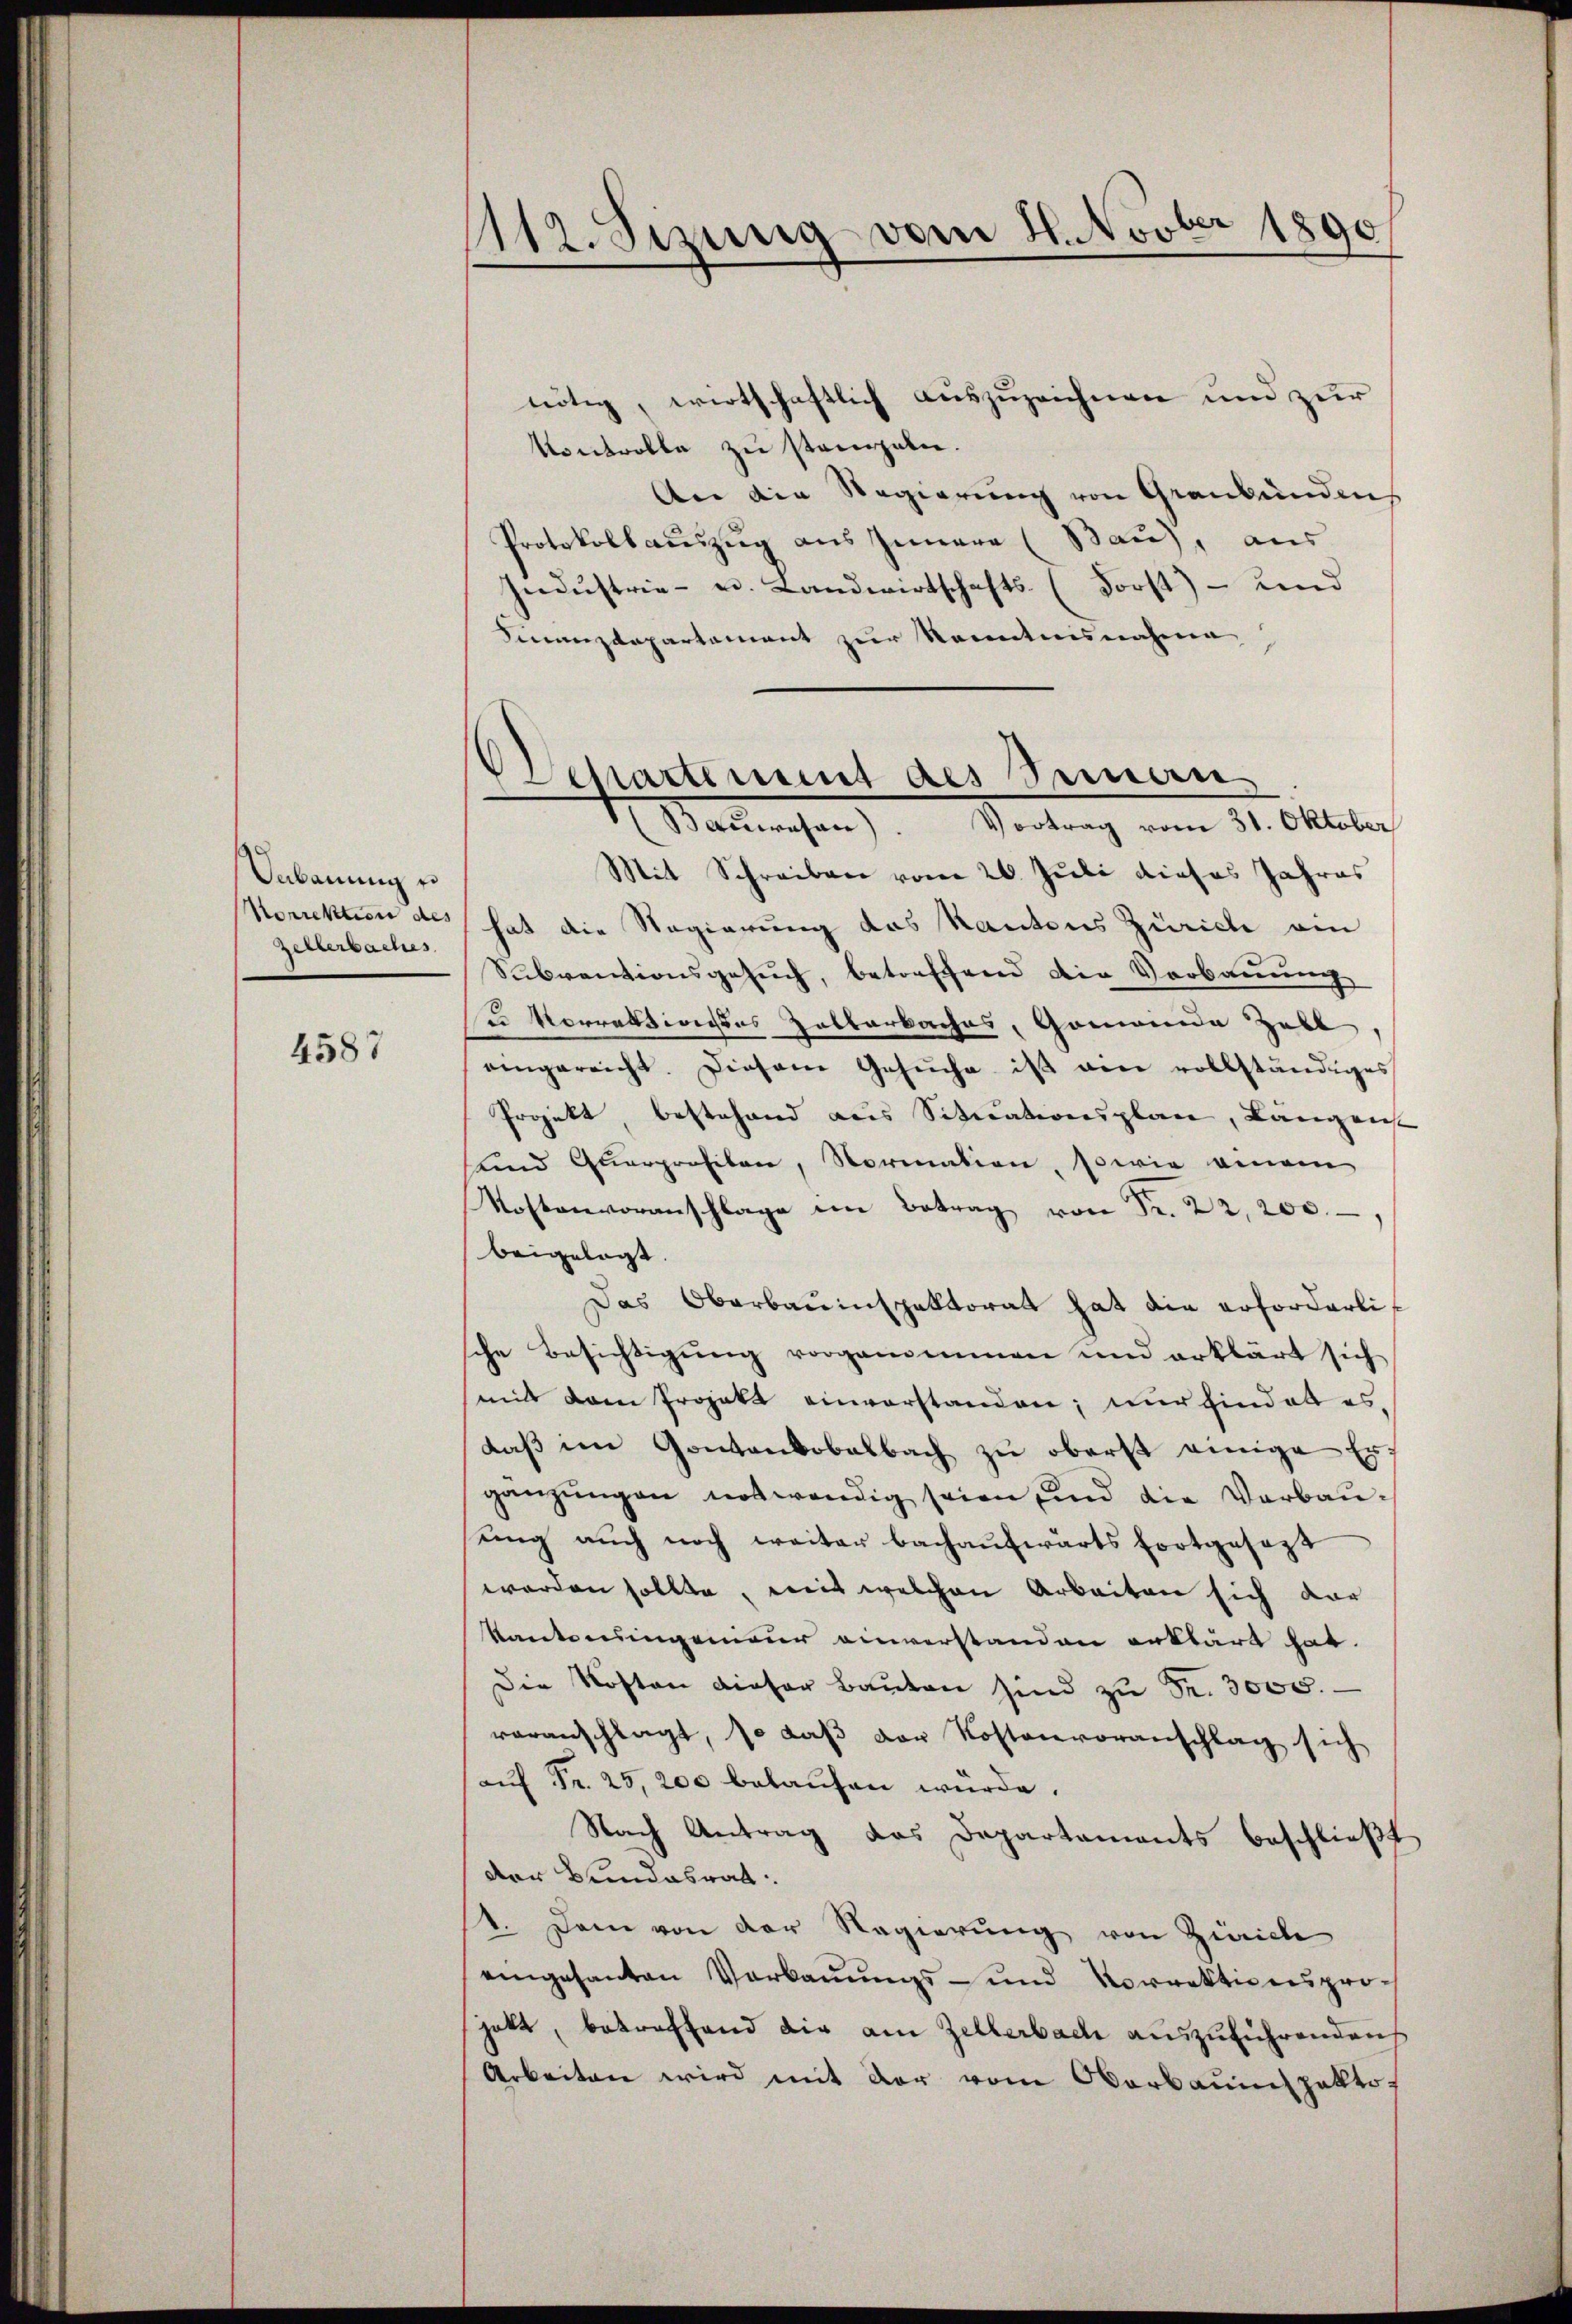
Anbauung e
Korrektion des
sessersammes

4587

¬
112. Sezung vom 21. Novber 1890

.
chartement des Semen

nötig, wirtschaftlich auszuzeichnen und zur
Kontrolle zu standeln.
Aer die Regierung von Graubündnis
Protokollaŭszŭg aŭs Innern (Bau), aus
Indŭstrie- u. Landwirtschafts- (Forst- und
Finanzdepartament zur Kenntnisnahme
Bauwesen. Vortrag vom 31. Oktober
Mit Schreiben vom 20. Juli dieses Jahres
hat die Regierung das Kantons Zürich ein
Subventionsgesuch, betreffend die Verbauung
u Vorrektiones Zalberbaches, Gemeinde Zoll
eingereicht. Diesem Gesŭche ist von vollständiges
Projekt, bestehend des Situationsplan, Langen-
und Quarprofilen, Normation, sowie einem
Kostenvoranschlage im Betrag von Fr. 22, 200.
beigelegt.
Das Oberbauinspektorat hat die erforderlische Besichtigŭng vorgenommen und erklärt sich
mit dem Projekt einverstanden; nur hindelt es,
daβ im Gantankobelbach zu oberst einige Ergänzungen notwendig seien und die Verbauŭng auch noch weiter bachaŭfwärts fortgesezt
worden sollte, mit welchen Arbeiten sich dar
Kantonsingeneur einverstanden erklärt hat.
Die Kosten dieser Baŭten sind zŭ Fr. 3000.
veranschlägt, so daß der Kostenvoranschlag sich
aŭf Fr. 25,200 belaŭfen würde.
Nach Antrag das Departaments beschließt
Der Bundesrat.
1. Dann von der Regierung von Zürich
eingesanten Verbauungs- und Vorrektionsproc
jatt, betreffend dir am Zellerbach auszuführenden
Arbeiten wird mit der vom Oberbauinspekto¬